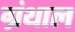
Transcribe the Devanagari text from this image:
ग्रंथाल